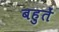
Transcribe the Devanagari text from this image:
बहुतें